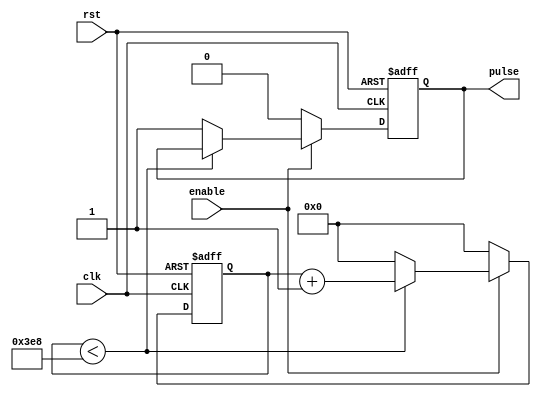
module SimplePulseGenerator (
    input wire clk, // clock input
    input wire rst, // reset input
    input wire enable, // enable input
    
    output reg pulse // pulse output
);

parameter WIDTH = 8; // width of the pulse
parameter PERIOD = 1000; // period of the pulse

reg [WIDTH-1:0] counter;

always @(posedge clk or posedge rst) begin
    if (rst) begin
        counter <= 0;
        pulse <= 0;
    end else if (enable) begin
        if (counter < PERIOD) begin
            counter <= counter + 1;
        end else begin
            counter <= 0;
            pulse <= 1;
        end
    end else begin
        counter <= 0;
        pulse <= 0;
    end
end

endmodule